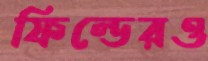
ফিল্ডেরও